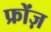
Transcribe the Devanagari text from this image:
फ्रोंज़